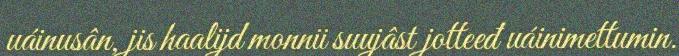
uáinusân, jis haalijd monnii suujâst jotteeđ uáinimettumin.